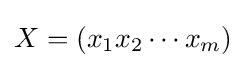
X=(x_{1}x_{2}\cdots x_{m})